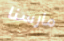
مارسنا